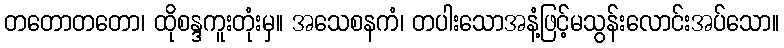
တတောတတော၊ ထိုစန္ဒကူးတုံးမှ။ အသေစနကံ၊ တပါးသောအနံ့ဖြင့်မသွန်းလောင်းအပ်သော။